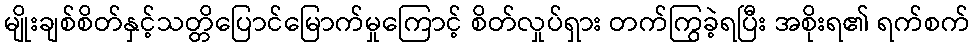
မျိုးချစ်စိတ်နှင့်သတ္တိပြောင်မြောက်မှုကြောင့် စိတ်လှုပ်ရှား တက်ကြွခဲ့ရပြီး အစိုးရ၏ ရက်စက်